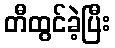
တီထွင်ခဲ့ပြီး